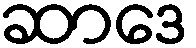
ဆာဒေ